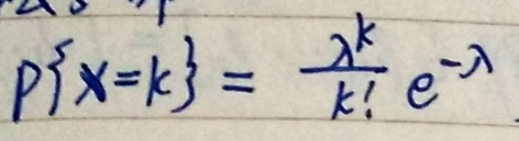
\[
P\{X = k\} = \frac{\lambda^{k}}{k!}e^{-\lambda}
\]